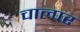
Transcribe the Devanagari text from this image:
चाल्पर